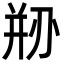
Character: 剙